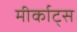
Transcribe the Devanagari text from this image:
मीर्काट्स